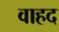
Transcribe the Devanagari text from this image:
वाहद